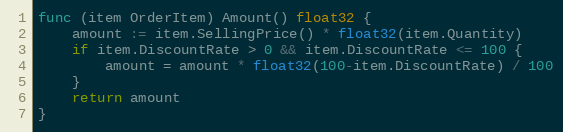
Language: Go
func (item OrderItem) Amount() float32 {
	amount := item.SellingPrice() * float32(item.Quantity)
	if item.DiscountRate > 0 && item.DiscountRate <= 100 {
		amount = amount * float32(100-item.DiscountRate) / 100
	}
	return amount
}